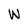
Character: N